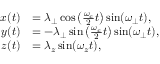
\begin{array} { r l } { x ( t ) } & { = \lambda _ { \perp } \cos \left( \frac { \omega _ { c } } { 2 } t \right) \sin ( \omega _ { \perp } t ) , } \\ { y ( t ) } & { = - \lambda _ { \perp } \sin \left( \frac { \omega _ { c } } { 2 } t \right) \sin ( \omega _ { \perp } t ) , } \\ { z ( t ) } & { = \lambda _ { z } \sin ( \omega _ { z } t ) , } \end{array}